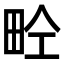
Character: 𤱝